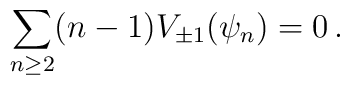
\sum_{n\geq 2}(n-1)V_{\pm 1}(\psi_n)=0\,.